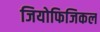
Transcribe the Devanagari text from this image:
जियोफिजिकल